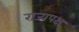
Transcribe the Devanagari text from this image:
राज्यपक्ष